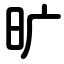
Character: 旷